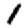
Digit: 1